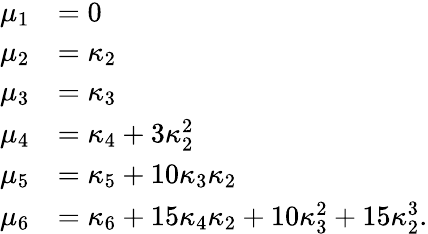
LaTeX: {\begin{array}{rl}{\mu_{1}}&{=0}\\ {\mu_{2}}&{=\kappa_{2}}\\ {\mu_{3}}&{=\kappa_{3}}\\ {\mu_{4}}&{=\kappa_{4}+3\kappa_{2}^{2}}\\ {\mu_{5}}&{=\kappa_{5}+10\kappa_{3}\kappa_{2}}\\ {\mu_{6}}&{=\kappa_{6}+15\kappa_{4}\kappa_{2}+10\kappa_{3}^{2}+15\kappa_{2}^{3}.}\end{array}}